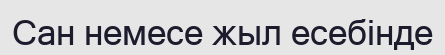
Сан немесе жыл есебінде